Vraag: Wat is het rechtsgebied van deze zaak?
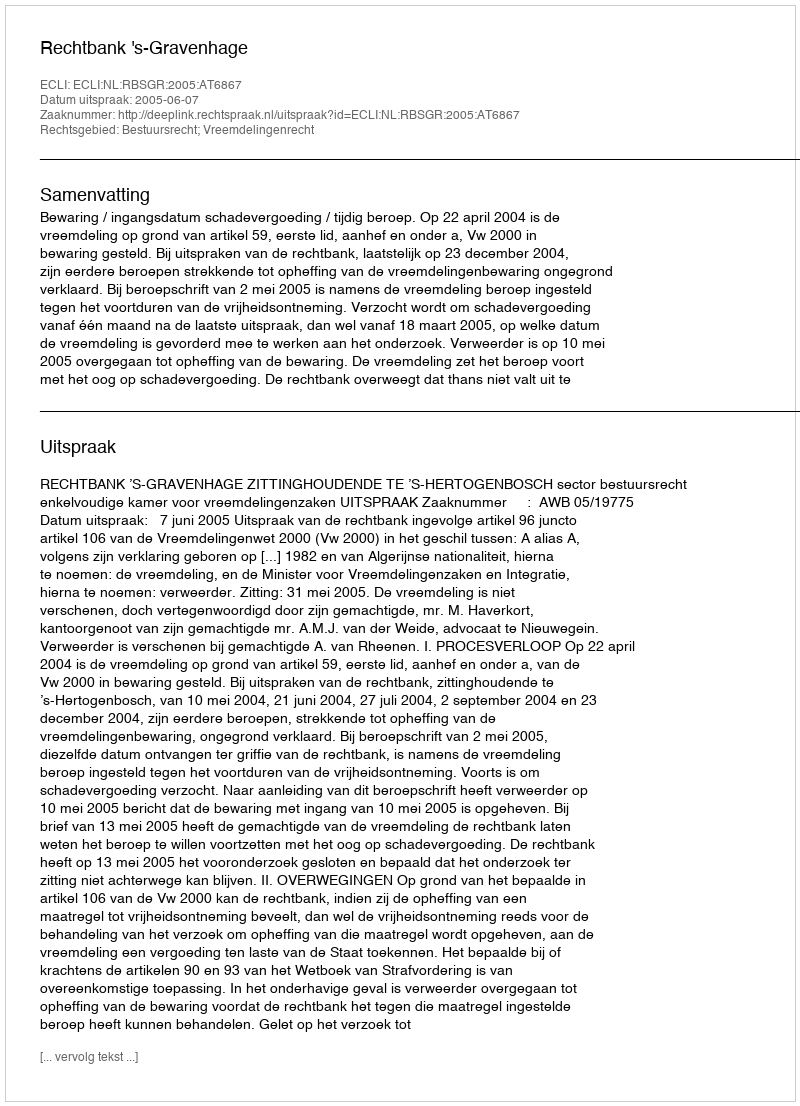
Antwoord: Bestuursrecht; Vreemdelingenrecht